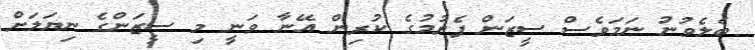
ބެލެވުނު ނަމަވެސް ސީޒަން ފެށުމުގެ ކުރިން އޭނާ ވަނީ މި ސީޒަންގެ ނިޔަލަށް